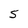
Character: S